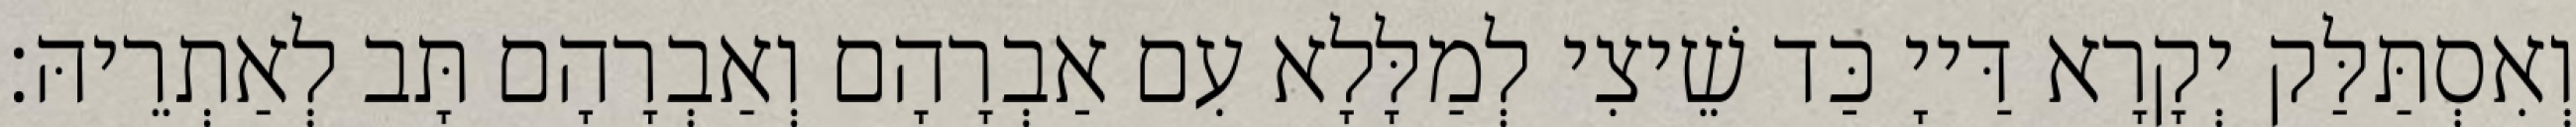
וְאִסְתַּלַּק יְקָרָא דַּייָ כַּד שֵׁיצִי לְמַלָּלָא עִם אַבְרָהָם וְאַבְרָהָם תָּב לְאַתְרֵיהּ׃